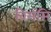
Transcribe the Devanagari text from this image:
विमंसि